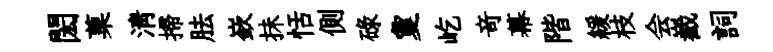
閎菓清掃胠嶔抺恬側碌夐屹竒幕階緩枝会嶻詞